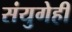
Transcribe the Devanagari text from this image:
संयुगेही